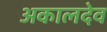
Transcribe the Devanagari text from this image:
अकालदेव